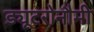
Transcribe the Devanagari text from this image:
ड्यूटरोनौमी